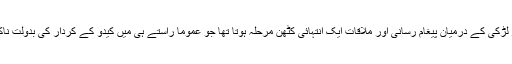
ماضی قریب میں لڑکے اور لڑکی کے درمیان پیغام رسانی اور ملاقات ایک انتہائی کٹھن مرحلہ ہوتا تھا جو عموماً راستے ہی میں کیدو کے کردار کی بدولت ناکامی سے دوچار ہو جاتا تھا۔